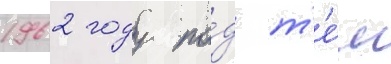
1962 году по́д т'е́м